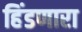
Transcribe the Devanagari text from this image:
हिंडणारा